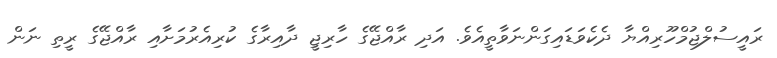
ރައީސުލްޖުމްހޫރިއްޔާ ދެކެވަޑައިގަންނަވާތީއެވެ. އަދި ރާއްޖޭގެ ހާރިޖީ ދާއިރާގެ ކުރިއެރުމަށާއި ރާއްޖޭގެ ރީތި ނަން